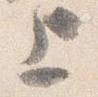
上